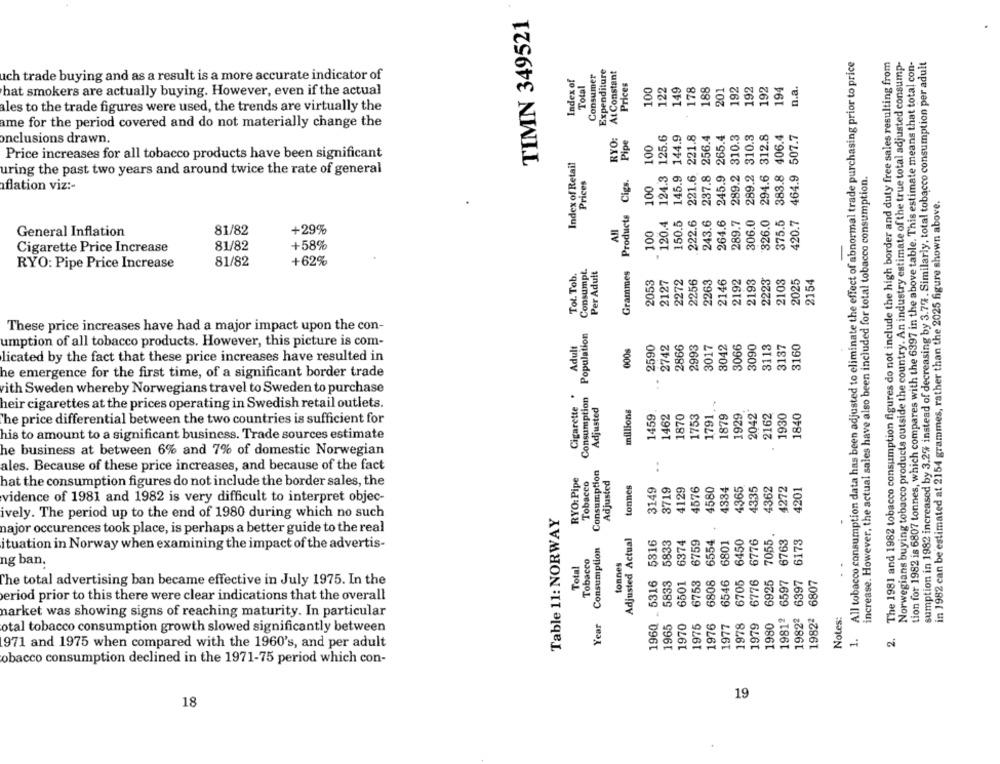
TIMN 349521
The 1981 and 1982 tobacco consumption figures do not include the high border and duty free sales resulting from
1. All tobacco consumption data has been adjusted to eliminate the effect of abnormal trade purchasing prior to price
Norwegians buying tobacco products outside the country. An industry estimate of the true total adjusted consump-
tion for 1982 is 6807 tonnes, which compares with the 6397 in the above table. This estimate means that total con-
sumption in 1982 increased by 3.2% instead of decreasing by 3.7%. Similarly, total tobacco consumption per adult
Consumer
Expenditure
At Constant
uch trade buying and as a result is a more accurate indicator of
Index of
Prices
Total
100
122
149
178
188
201
192
192
192
194
n.a.
hat smokers are actually buying. However, even if the actual
ales to the trade figures were used, the trends are virtually the
ame for the period covered and do not materially change the
145.9 144.9
221.6 221.8
245.9 265.4
289.2 310.3
289.2 310.3
294.6 312.8
383.8 406.4
464.9 507.7
RYO:
Pipe
onclusions drawn.
100
Price increases for all tobacco products have been significant
Index of Retail
237.8
increase. However, the actual sales have also been included for total tobacco consumption.
uring the past two years and around twice the rate of general
Prices
Products Cigs.
100
flation viz :-
in 1982 can be'estimated at 2154 grammes, rather than the 2025 figure shown above.
150.5
222.6
243.6
264.6
289.7
306.0
326.0
375.5
420.7
81/82
+29%
All
100
General Inflation
-
Cigarette Price Increase
81/82
+58%
RYO: Pipe Price Increase
81/82
+62%
Tol. Tob.
Consumpt.
Per Adult
Grammes
2053
2127
2272
2256
2263
2146
2192
2193
2223
2025
2154
These price increases have had a major impact upon the con-
Population
2742
8042
3113
3160
umption of all tobacco products. However, this picture is com-
Adult
0006
2590
2866
2993
3017
3066
3090
3137
licated by the fact that these price increases have resulted in
he emergence for the first time, of a significant border trade
..
vith Sweden whereby Norwegians travel to Sweden to purchase
Consumption
Cigarette
heir cigarettes at the prices operating in Swedish retail outlets.
Adjusted
millions
1459
1462
2042*
1840
1870
1753
1791
1879
1929
2162
1930
The price differential between the two countries is sufficient for
his to amount to a significant business. Trade sources estimate
he business at between 6% and 7% of domestic Norwegian
..
ales. Because of these price increases, and because of the fact
Consumption
RYO: Pipe
Tobacco
Adjusted
tonnes
3149
3719
4129
4576
4580
4334
4365
4335
4362
1272
4201
hat the consumption figures do not include the border sales, the
vidence of 1981 and 1982 is very difficult to interpret objec-
Table 11: NORWAY
ively. The period up to the end of 1980 during which no such
7055.
najor occurences took place, is perhaps a better guide to the real
Adjusted Actual
5316
5833
6759
6554
6801
6450
6776
6763
6173
Consumption
ituation in Norway when examining the impact of the advertis-
Tobacco
tonnes
ng ban.
Total
. 5316
5833
6501
6753
6808
6546
6705
6776
6925
6597
6397
6807
The total advertising ban became effective in July 1975. In the
period prior to this there were clear indications that the overall
narket was showing signs of reaching maturity. In particular
19812
19822
1982ª
Notes:
Year
1960
1965
1970
1976
1976
1977
1978
1979
1980
otal tobacco consumption growth slowed significantly between
2.
971 and 1975 when compared with the 1960's, and per adult
obacco consumption declined in the 1971-75 period which con-
19
18